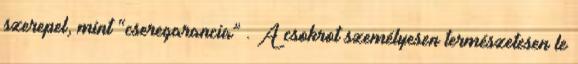
szerepel, mint “cseregarancia” . A csokrot személyesen természetesen le